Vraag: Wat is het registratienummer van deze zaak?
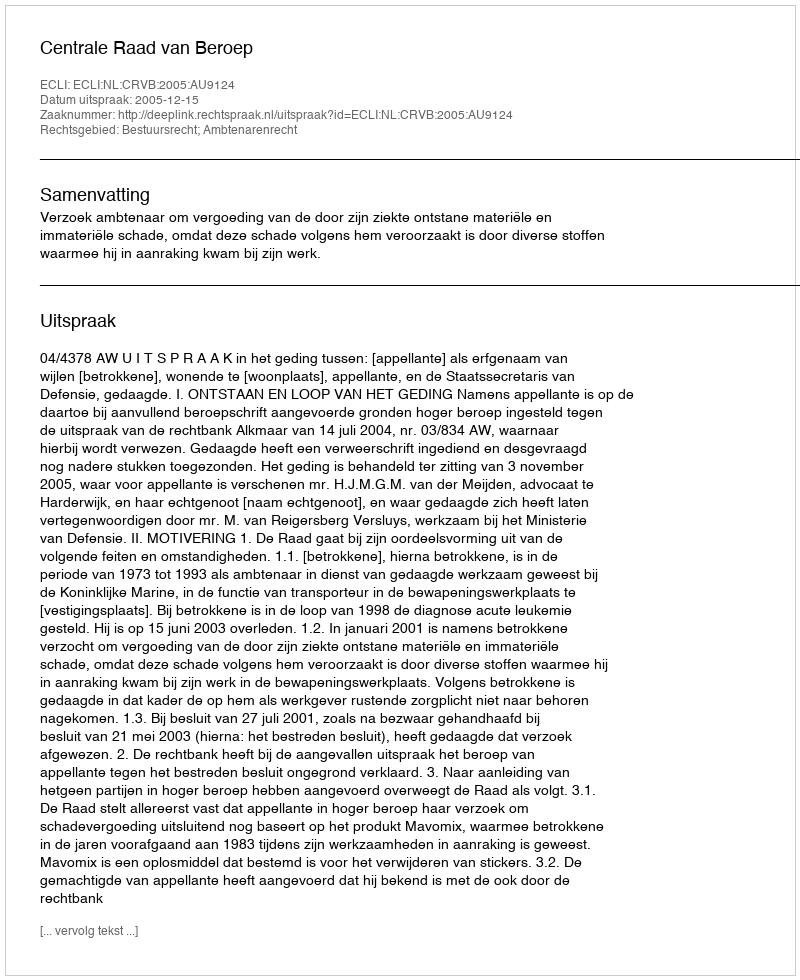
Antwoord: http://deeplink.rechtspraak.nl/uitspraak?id=ECLI:NL:CRVB:2005:AU9124